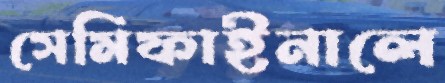
সেমিফাইনালে